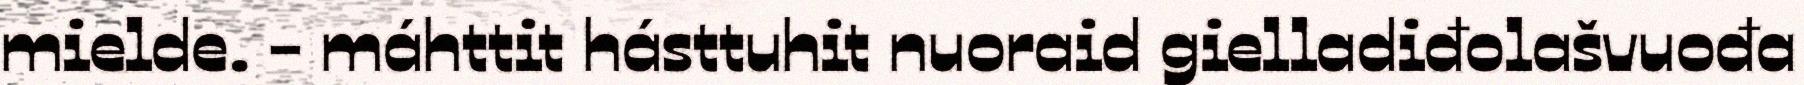
mielde. - máhttit hásttuhit nuoraid gielladiđolašvuođa